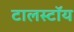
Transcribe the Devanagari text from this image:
टालस्टॉय